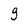
Character: 9